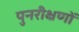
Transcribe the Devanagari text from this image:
पुनरीक्षणों